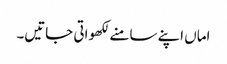
اماں اپنے سامنے لکھواتی جاتیں۔